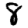
Digit: 8